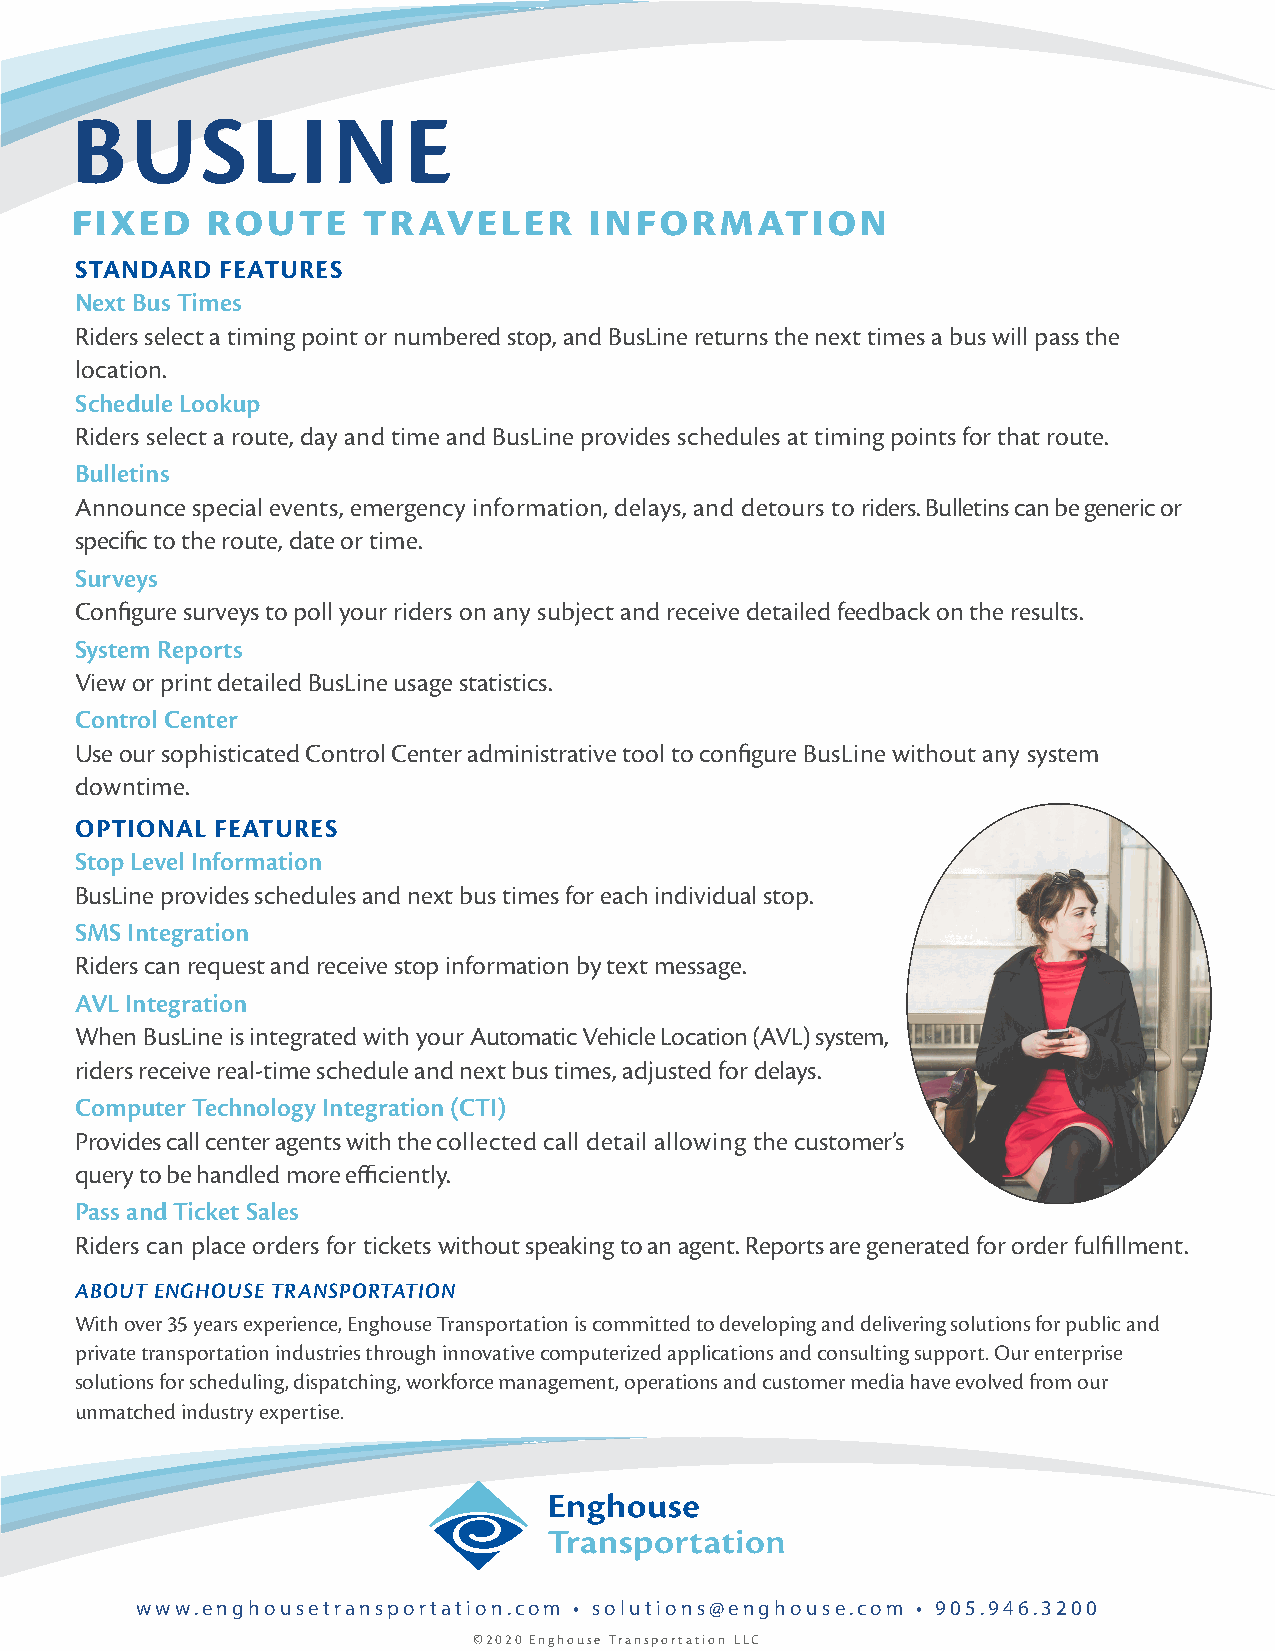
BUSLINE
 fixed    route     traveler       information
 STANDARD  FEATURES
 Next Bus Times
 Riders select a timing point or number ed stop, and BusLine returns the next times a bus will pass the
 location.
 Schedule Lookup
 Riders select a route, day and time and BusLine provides schedules at timing points for that route.
 Bulletins
 Announce special events, emergency information, delays, and detours to riders. Bulletins can be generic or
 specific to the route, date or time.
 Surveys
 Configure surveys to poll your riders on any subject and receive detailed feedback on the results.
 System Reports
 View or print detailed BusLine usage statistics.
 Control Center
 Use our sophisticated Control Center administrative tool to configure BusLine without any system
 downtime.
 OPTIONAL FEATURES
 Stop Level Information
 BusLine provides schedules and next bus times for each individual stop.
 SMS Integration
 Riders can request and receive stop information by text message.
 AVL Integration
 When BusLine is integrated with your Automatic Vehicle Location (AVL) system,
 riders receive real-time schedule and next bus times, adjusted for delays.
 Computer Technology Integration (CTI)
 Provides call center agents with the collected call detail allowing the customer’s
 query to be handled more efficiently.
 Pass and Ticket Sales
 Riders can place orders for tickets without speaking to an agent. Reports are generated for order fulfillment.
 ABOUT ENGHOUSE TRANSPORTATION
 With over 35 years experience, Enghouse Transportation is committed to developing and delivering solutions for public and
 private transportation industries through innovative computerized applications and consulting support. Our enterprise
 solutions for scheduling, dispatching, workforce management, operations and customer media have evolved from our
 unmatched industry expertise.
 www.enghousetransportation.com • solutions@enghouse.com • 905.946.3200
 ©2020 Enghouse Transportation LLC